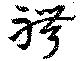
聘